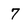
Character: 7